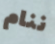
ننام